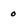
Character: 0